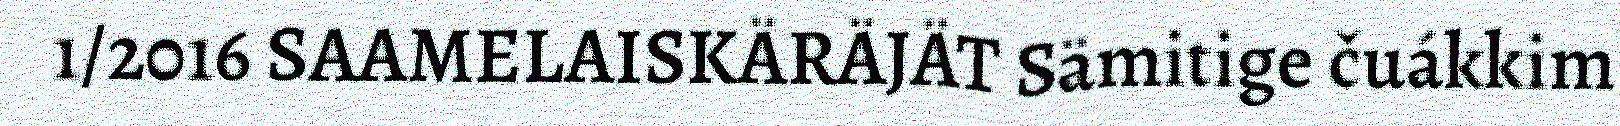
1/2016 SAAMELAISKÄRÄJÄT Sämitige čuákkim